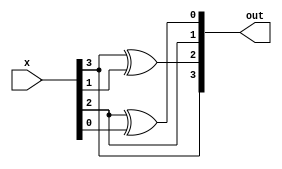

module GF2_4sqr(input [3:0]x , output [3:0]out);

assign out[3]=x[3];
assign out[2]=x[3]^x[1];
assign out[1]=x[2];
assign out[0]=x[2]^x[0];
endmodule
//------------------------------------------------------------------------------------------------------------

module GF2_4sqr_v(input[3:0]x , output [3:0] out);

wire [6:0]c;
assign c[0]=((x[2]^x[0])&1'b1);
assign c[1]=((x[2]^x[0])&1'b0^(x[2])&1'b1);
assign c[2]=((x[2]^x[0])&1'b1^(x[2])&1'b0^(x[3]^x[1])&1'b1);
assign c[3]=((x[2]^x[0])&1'b1^(x[2])&1'b1^(x[3]^x[1])&1'b0^(x[3])&1'b1);
assign c[4]=((x[3])&1'b0^(x[3]^x[1])&1'b1^(x[2])&1'b1);
assign c[5]=((x[3])&1'b1^(x[3]^x[1])&1'b1);
assign c[6]=((x[3])&1'b1);
assign out[3]= (c[6]^c[3]) ;
assign out[2]= ( c[6] ^ c[5] ^  c[2] );
assign out[1]= (c[5] ^ c[4] ^c[1] );
assign out[0]= ( (c[4]) ^c[0]);
endmodule
//-----------------------------------------------------------------------------------------------

//-----------------------------------------------------------------------------------------------

module GF2_4mult_t(input[3:0]x , input[3:0]y,output [3:0] out);

wire [6:0]c;
wire [6:0]d;
wire [6:0]out1;
assign c[0]=(x[0]&y[0]);
assign c[1]=(x[0]&y[1] ^ x[1]&y[0]);
assign c[2]=(x[0]&y[2] ^ x[1]&y[1] ^ x[2]&y[0]);
assign c[3]=(x[0]&y[3] ^ x[1]&y[2] ^ x[2]&y[1]  ^ x[3]&y[0]);
assign c[4]=(x[3]&y[1] ^ x[2]&y[2] ^ x[1]&y[3]);
assign c[5]=(x[3]&y[2] ^ x[2]&y[3]);
assign c[6]=(x[3]&y[3]);
assign out1[3]= (c[6]^c[3]) ;
assign out1[2]= (c[6] ^ c[5] ^  c[2] );
assign out1[1]= (c[5] ^ c[4] ^c[1] );
assign out1[0]= ((c[4]) ^c[0]);
assign d[0]=(out1[0]&1'b1);
assign d[1]=(out1[0]&1'b0^out1[1]&1'b1);
assign d[2]=(out1[0]&1'b0^out1[1]&1'b0^ out1[2]&1'b1);
assign d[3]=(out1[0]&1'b0^out1[1]&1'b0^ out1[2]&1'b0^out1[3]&1'b1);
assign d[4]=(out1[3]&1'b0^out1[2]&1'b0^ out1[1]&1'b0);
assign d[5]=(out1[3]&1'b0^out1[2]&1'b0);
assign d[6]=(out1[3]&1'b0);
assign out[3]= (d[6]^d[3]) ;
assign out[2]= (d[6] ^ d[5] ^ d[2] );
assign out[1]= (d[5] ^ d[4] ^d[1] );
assign out[0]= ((d[4]) ^d[0]);
endmodule
//------------------------------------------------------------------------------------------------------------

//------------------------------------------------------------------------------------------------------------

module GF2_4mult( input [3:0]x,input [3:0]y, output [3:0]out);

wire [6:0]c;
assign c[0]=(x[0]&y[0]);
assign c[1]=(x[0]&y[1] ^ x[1]&y[0]);
assign c[2]=(x[0]&y[2] ^ x[1]&y[1] ^ x[2]&y[0]);
assign c[3]=(x[0]&y[3] ^ x[1]&y[2] ^ x[2]&y[1]  ^ x[3]&y[0]);
assign c[4]=(x[3]&y[1] ^ x[2]&y[2] ^ x[1]&y[3]);
assign c[5]=(x[3]&y[2] ^ x[2]&y[3]);
assign c[6]=(x[3]&y[3]);
assign out[3]= (c[6]^c[3]) ;
assign out[2]= ( c[6] ^ c[5] ^  c[2] );
assign out[1]= (c[5] ^ c[4] ^c[1] );
assign out[0]= ( (c[4]) ^c[0]);
endmodule
//-----------------------------------------------------------------------------------------------

//-----------------------------------------------------------------------------------------------
(*dont_touch="true"*)
module GF2_4mult_t_thres(input [3:0]x, input[3:0]y, output [3:0]out, input [23:0]r3);

wire [3:0]x1;
wire [3:0]x2;
wire [3:0]x3;
wire [3:0]x4;
wire [3:0]y1;
wire [3:0]y2;
wire [3:0]y3;
wire [3:0]y4;
wire [3:0]f1;
wire [3:0]f2;
wire [3:0]f3;
wire [3:0]f1_t;
wire [3:0]f2_t;
wire [3:0]f3_t;
wire [3:0]temp1;
wire [3:0]temp2;
wire [3:0]temp3;
wire [3:0]temp4;
wire [3:0]temp5;
wire [3:0]temp6;
wire [3:0]temp7;
wire [3:0]temp8;

assign x1 = r3[3:0];
assign x2 = r3[7:4];
assign x3 = r3[11:8];
assign y1 = r3[15:12];
assign y2 = r3[19:16];
assign y3 = r3[23:20];

assign x4 = x^x1^x2^x3;
assign y4 = y^y1^y2^y3;

assign temp1 = (x2^x3^x4);
assign temp2 = (y2^y3);
GF2_4mult_t mult1(
 .x(temp1),
 .y(temp2),
 .out(f1_t)
);
assign f1 = f1_t^y4;

assign temp3 = x1^x3;
assign temp4 = y1^y4;
GF2_4mult_t mult2(
 .x(temp3),
 .y(temp4),
 .out(f2_t)
);

GF2_4mult_t mult3(
 .x(x1),
 .y(y3),
 .out(temp5)
);
assign f2 = f2_t^temp5^x4;

assign temp6 = x2^x4;
assign temp7 = y1^y4;
GF2_4mult_t mult4(
 .x(temp6),
 .y(temp7),
 .out(f3_t)
);
GF2_4mult_t mult5(
 .x(x1),
 .y(y2),
 .out(temp8)
);
assign f3 = f3_t^temp8^x4^y4;

assign out = f1^f2^f3;

endmodule

//-----------------------------------------------------------------------------------------------

//-----------------------------------------------------------------------------------------------

(*dont_touch="true"*)
module GF2_4mult_thres(input [3:0]x, input[3:0]y, output [3:0]out, input [23:0]r2);

wire [3:0]x1;
wire [3:0]x2;
wire [3:0]x3;
wire [3:0]x4;
wire [3:0]y1;
wire [3:0]y2;
wire [3:0]y3;
wire [3:0]y4;
wire [3:0]f1;
wire [3:0]f2;
wire [3:0]f3;
wire [3:0]f1_t;
wire [3:0]f2_t;
wire [3:0]f3_t;
wire [3:0]temp1;
wire [3:0]temp2;
wire [3:0]temp3;
wire [3:0]temp4;
wire [3:0]temp5;
wire [3:0]temp6;
wire [3:0]temp7;
wire [3:0]temp8;


assign x1 = r2[3:0];
assign x2 = r2[7:4];
assign x3 = r2[11:8];
assign y1 = r2[15:12];
assign y2 = r2[19:16];
assign y3 = r2[23:20];

assign x4 = x^x1^x2^x3;
assign y4 = y^y1^y2^y3;

assign temp1 = (x2^x3^x4);
assign temp2 = (y2^y3);
GF2_4mult mult1(
 .x(temp1),
 .y(temp2),
 .out(f1_t)
);
assign f1 = f1_t^y4;

assign temp3 = x1^x3;
assign temp4 = y1^y4;
GF2_4mult mult2(
 .x(temp3),
 .y(temp4),
 .out(f2_t)
);

GF2_4mult mult3(
 .x(x1),
 .y(y3),
 .out(temp5)
);
assign f2 = f2_t^temp5^x4;

assign temp6 = x2^x4;
assign temp7 = y1^y4;
GF2_4mult mult4(
 .x(temp6),
 .y(temp7),
 .out(f3_t)
);
GF2_4mult mult5(
 .x(x1),
 .y(y2),
 .out(temp8)
);
assign f3 = f3_t^temp8^x4^y4;

assign out = f1^f2^f3;

endmodule

//-----------------------------------------------------------------------------------------------

//-----------------------------------------------------------------------------------------------

module i_cob(input [3:0]in, output [3:0]out);

assign out[3] = in[3];
assign out[2] = in[3]^in[2]^in[1];
assign out[1] = in[3]^in[2];
assign out[0] = in[0];

endmodule

//-----------------------------------------------------------------------------------------------

module i_cob_inv(input [3:0]in, output [3:0]out);

assign out[3] = in[3];
assign out[2] = in[3]^in[1];
assign out[1] = in[2]^in[1];
assign out[0] = in[0];

endmodule

//-----------------------------------------------------------------------------------------------

(*dont_touch="true"*)
module invGF2_4_thres(input [3:0]in, output [3:0]out,input [15:0]r1);

wire x, y, z, v;
wire nx, ny, nz, nv;
wire [3:0] new_in;
wire [3:0] old_out;

wire x5;
wire y5;
wire z5;
wire v5;

wire f, g, h, k;
wire f1;
wire f2;
wire f3;
wire f4;
wire f5;

wire g1;
wire g2;
wire g3;
wire g4;
wire g5;

wire h1;
wire h2;
wire h3;
wire h4;
wire h5;

wire k1;
wire k2;
wire k3;
wire k4;
wire k5;

wire t1;
wire t2;
wire t3;
wire t4;

wire u1;
wire u2;
wire u3;
wire u4;

i_cob i_cob1(
 .in(in),
 .out(new_in)
);
assign x = new_in[3];
assign y = new_in[2];
assign z = new_in[1];
assign v = new_in[0];
assign nx = ~x;
assign ny = ~y;
assign nz = ~z;
assign nv = ~v;
//assign x = in[3];
//assign y = in[2];
//assign z = in[1];
//assign v = in[0];

assign x5 = x^r1[0]^r1[1]^r1[2]^r1[3];
assign y5 = y^r1[4]^r1[5]^r1[6]^r1[7];
assign z5 = z^r1[8]^r1[9]^r1[10]^r1[11];
assign v5 = v^r1[12]^r1[13]^r1[14]^r1[15];

assign t1 = r1[1]^r1[2]^r1[3]^x5;
assign t2 = r1[5]^r1[6]^r1[7]^y5;
assign t3 = r1[9]^r1[10]^r1[11]^z5;
assign t4 = r1[13]^r1[14]^r1[15]^v5;

assign u1 = r1[2]^r1[3]^x5;
assign u2 = r1[6]^r1[7]^y5;
assign u3 = r1[10]^r1[11]^z5;
assign u4 = r1[14]^r1[15]^v5;

assign f1 = r1[1] ^ r1[5] ^ t1*t4
^ t1*t2*t3;
assign f2 = r1[2] ^ r1[6] ^ r1[0]*u4 ^ r1[12]*u1 ^ r1[0]*r1[12]
^ r1[0]*u2*u3 ^ r1[4]*u1*u3
^ r1[8]*u1*u2 ^ r1[0]*r1[4]*u3 ^ r1[0]*r1[8]*u2
^ r1[4]*r1[8]*u1 ^ r1[0]*r1[4]*r1[8];
assign f3 = r1[3] ^ r1[7] ^ r1[1]*r1[12] ^ r1[0]*r1[13] ^ r1[0]*r1[4]*r1[9] ^ r1[0]*r1[5]*r1[8] ^ r1[1]*r1[4]*r1[8] ^ r1[0]*r1[5]*r1[9] ^ r1[1]*r1[4]*r1[9] ^ r1[1]*r1[5]*r1[8]
^ r1[0]*r1[5]*r1[11] ^ r1[1]*r1[4]*r1[11] ^ r1[0]*r1[7]*r1[9] ^ r1[1]*r1[7]*r1[8] ^ r1[3]*r1[4]*r1[9] ^ r1[3]*r1[5]*r1[8] ^ r1[0]*r1[5]*z5 ^ r1[1]*r1[4]*z5
^ r1[0]*y5*r1[9] ^ r1[1]*y5*r1[8] ^ x5*r1[4]*r1[9] ^ x5*r1[5]*r1[8];
assign f4 = x5 ^ y5 ^ r1[0]*r1[5]*r1[10] ^ r1[0]*r1[6]*r1[9] ^ r1[1]*r1[4]*r1[10] ^ r1[1]*r1[6]*r1[8] ^ r1[2]*r1[4]*r1[9] ^ r1[2]*r1[5]*r1[8];
assign f5 = r1[0] ^ r1[4];

assign g1 = t1*t2*t3
^ t1*t2*t4
^ t1*t4
^ t2*t3 ^ r1[5];
assign g2 = r1[0]*u2*u3 ^ r1[4]*u1*u3
^ r1[8]*u1*u2 ^ r1[0]*r1[4]*u3 ^ r1[0]*r1[8]*u2
^ r1[4]*r1[8]*u1 ^ r1[0]*r1[4]*r1[8] ^ r1[0]*u2*u4
^ r1[4]*u1*u4 ^ r1[12]*u1*u2
^ r1[0]*r1[4]*u4 ^ r1[0]*r1[12]*u2 ^ r1[4]*r1[12]*u1 ^ r1[0]*r1[4]*r1[12]
^ r1[0]*u4 ^ r1[12]*u1 ^ r1[0]*r1[12] ^ r1[4]*u3
^ r1[8]*u2 ^ r1[4]*r1[8] ^ r1[6];
assign g3 = r1[0]*r1[4]*r1[9] ^ r1[0]*r1[5]*r1[8] ^ r1[1]*r1[4]*r1[8] ^ r1[0]*r1[5]*r1[9] ^ r1[1]*r1[4]*r1[9] ^ r1[1]*r1[5]*r1[8] ^ r1[0]*r1[5]*r1[11] ^ r1[1]*r1[4]*r1[11]
^ r1[0]*r1[7]*r1[9] ^ r1[1]*r1[7]*r1[8] ^ r1[3]*r1[4]*r1[9] ^ r1[3]*r1[5]*r1[8] ^ r1[0]*r1[5]*z5 ^ r1[1]*r1[4]*z5 ^ r1[0]*y5*r1[9] ^ r1[1]*y5*r1[8]
^ x5*r1[4]*r1[9] ^ x5*r1[5]*r1[8] ^ r1[0]*r1[4]*r1[13] ^ r1[0]*r1[5]*r1[12] ^ r1[1]*r1[4]*r1[12] ^ r1[0]*r1[5]*r1[13] ^ r1[1]*r1[4]*r1[13] ^ r1[1]*r1[5]*r1[12]
^ r1[0]*r1[5]*r1[15] ^ r1[1]*r1[4]*r1[15] ^ r1[0]*r1[7]*r1[13] ^ r1[1]*r1[7]*r1[12] ^ r1[3]*r1[4]*r1[13] ^ r1[3]*r1[5]*r1[12] ^ r1[0]*r1[5]*v5 ^ r1[1]*r1[4]*v5
^ r1[0]*y5*r1[13] ^ r1[1]*y5*r1[12] ^ x5*r1[4]*r1[13] ^ x5*r1[5]*r1[12] ^ r1[1]*r1[12] ^ r1[0]*r1[13] ^ r1[5]*r1[8] ^ r1[4]*r1[9] ^ r1[7];
assign g4 = r1[0]*r1[5]*r1[10] ^ r1[0]*r1[6]*r1[9] ^ r1[1]*r1[4]*r1[10] ^ r1[1]*r1[6]*r1[8] ^ r1[2]*r1[4]*r1[9] ^ r1[2]*r1[5]*r1[8] ^ r1[0]*r1[5]*r1[14] ^ r1[0]*r1[6]*r1[13]
^ r1[1]*r1[4]*r1[14] ^ r1[1]*r1[6]*r1[12] ^ r1[2]*r1[4]*r1[13] ^ r1[2]*r1[5]*r1[12] ^ y5;
assign g5 = r1[4];

assign h1 = t1*t4*t3 ^ r1[6] ^ r1[13]
^ t1*t4
^ t2*t4;
assign h2 = r1[0]*u4*u3 ^ r1[12]*u1*u3
^ r1[8]*u1*u4 ^ r1[0]*r1[12]*u3 ^ r1[0]*r1[8]*u4
^ r1[12]*r1[8]*u1 ^ r1[0]*r1[12]*r1[8] ^ r1[0]*u4 ^ r1[12]*u1 ^ r1[0]*r1[12]
^ r1[4]*u4 ^ r1[12]*u2 ^ r1[4]*r1[12] ^ r1[7] ^ r1[12] ^ v5;
assign h3 = r1[0]*r1[12]*r1[9] ^ r1[0]*r1[13]*r1[8] ^ r1[1]*r1[12]*r1[8] ^ r1[0]*r1[13]*r1[9] ^ r1[1]*r1[12]*r1[9] ^ r1[1]*r1[13]*r1[8] ^ r1[0]*r1[13]*r1[11] ^ r1[1]*r1[12]*r1[11]
^ r1[0]*r1[15]*r1[9] ^ r1[1]*r1[15]*r1[8] ^ r1[3]*r1[12]*r1[9] ^ r1[3]*r1[13]*r1[8] ^ r1[0]*r1[13]*z5 ^ r1[1]*r1[12]*z5 ^ r1[0]*v5*r1[9] ^ r1[1]*v5*r1[8]
^ x5*r1[12]*r1[9] ^ x5*r1[13]*r1[8] ^ r1[1]*r1[12] ^ r1[0]*r1[13] ^ r1[5]*r1[12] ^ r1[4]*r1[13] ^ y5 ^ r1[12] ^ r1[13] ^ v5;
assign h4 = r1[0]*r1[13]*r1[10] ^ r1[0]*r1[14]*r1[9] ^ r1[1]*r1[12]*r1[10] ^ r1[1]*r1[14]*r1[8] ^ r1[2]*r1[12]*r1[9] ^ r1[2]*r1[13]*r1[8] ^ r1[4] ^ r1[12];
assign h5 = r1[5] ^ r1[12];

assign k1 = t1*t4*t3
^ t4*t2*t3
^ t1*t3
^ t2*t3
^ t2*t4 ^ r1[9] ^ r1[13];
assign k2 = r1[0]*u4*u3 ^ r1[12]*u1*u3
^ r1[8]*u1*u4 ^ r1[0]*r1[12]*u3 ^ r1[0]*r1[8]*u4
^ r1[12]*r1[8]*u1 ^ r1[0]*r1[12]*r1[8] ^ r1[12]*u2*u3
^ r1[4]*u4*u3 ^ r1[8]*u4*u2
^ r1[12]*r1[4]*u3 ^ r1[12]*r1[8]*u2 ^ r1[4]*r1[8]*u4 ^ r1[12]*r1[4]*r1[8]
^ r1[0]*u3 ^ r1[8]*u1 ^ r1[0]*r1[8] ^ r1[4]*u3
^ r1[8]*u2 ^ r1[4]*r1[8] ^ r1[4]*u4 ^ r1[12]*u2 ^ r1[4]*r1[12]
^ r1[10] ^ r1[14];
assign k3 = r1[0]*r1[12]*r1[9] ^ r1[0]*r1[13]*r1[8] ^ r1[1]*r1[12]*r1[8] ^ r1[0]*r1[13]*r1[9] ^ r1[1]*r1[12]*r1[9] ^ r1[1]*r1[13]*r1[8] ^ r1[0]*r1[13]*r1[11] ^ r1[1]*r1[12]*r1[11]
^ r1[0]*r1[15]*r1[9] ^ r1[1]*r1[15]*r1[8] ^ r1[3]*r1[12]*r1[9] ^ r1[3]*r1[13]*r1[8] ^ r1[0]*r1[13]*z5 ^ r1[1]*r1[12]*z5 ^ r1[0]*v5*r1[9] ^ r1[1]*v5*r1[8]
^ x5*r1[12]*r1[9] ^ x5*r1[13]*r1[8] ^ r1[12]*r1[4]*r1[9] ^ r1[12]*r1[5]*r1[8] ^ r1[13]*r1[4]*r1[8] ^ r1[12]*r1[5]*r1[9] ^ r1[13]*r1[4]*r1[9] ^ r1[13]*r1[5]*r1[8]
^ r1[12]*r1[5]*r1[11] ^ r1[13]*r1[4]*r1[11] ^ r1[12]*r1[7]*r1[9] ^ r1[13]*r1[7]*r1[8] ^ r1[15]*r1[4]*r1[9] ^ r1[15]*r1[5]*r1[8] ^ r1[12]*r1[5]*z5 ^ r1[13]*r1[4]*z5
^ r1[12]*y5*r1[9] ^ r1[13]*y5*r1[8] ^ v5*r1[4]*r1[9] ^ v5*r1[5]*r1[8] ^ r1[1]*r1[8] ^ r1[0]*r1[9] ^ r1[5]*r1[8] ^ r1[4]*r1[9] ^ r1[5]*r1[12]
^ r1[4]*r1[13] ^ r1[11] ^ r1[15];
assign k4 = r1[0]*r1[13]*r1[10] ^ r1[0]*r1[14]*r1[9] ^ r1[1]*r1[12]*r1[10] ^ r1[1]*r1[14]*r1[8] ^ r1[2]*r1[12]*r1[9] ^ r1[2]*r1[13]*r1[8] ^ r1[12]*r1[5]*r1[10] ^ r1[12]*r1[6]*r1[9]
^ r1[13]*r1[4]*r1[10] ^ r1[13]*r1[6]*r1[8] ^ r1[14]*r1[4]*r1[9] ^ r1[14]*r1[5]*r1[8] ^ z5 ^ v5;
assign k5 = r1[8] ^ r1[12];


assign f = f1 ^ f2 ^ f3 ^ f4 ^ f5;
assign g = g1 ^ g2 ^ g3 ^ g4 ^ g5;
assign h = h1 ^ h2 ^ h3 ^ h4 ^ h5 ^ z ^ (x*y*z*v) ^(x*ny*z*nv)  ^ (x*ny*nz*nv) ^ (x*y*nz*nv);
assign k = k1 ^ k2 ^ k3 ^ k4 ^ k5 ^ (nx*y*nz*nv)^ (nx*y*z*nv)^ (x*y*z*v) ^ (x*ny*z*v)  ^ (x*y*nz*nv) ^(x*ny*nz*v);


assign old_out[3] = f;
assign old_out[2] = g;
assign old_out[1] = h;
assign old_out[0] = k;

i_cob_inv i_cob_inv1(
.in(old_out),
.out(out)
);

endmodule

//-----------------------------------------------------------------------------------------------

module icob(input [7:0]in,output [7:0]out
);
assign out[0]= in[0] ^ in[1] ^ in[4];
assign out[1]= in[4] ^ in[5] ^ in[6];
assign out[2]= in[2] ^ in[3] ^ in[4] ^ in[6] ^ in[7];
assign out[3]= in[2] ^ in[3] ^ in[4] ^ in[5] ^ in[6];
assign out[4]= in[2] ^ in[4];
assign out[5]= in[1] ^ in[6];
assign out[6]= in[1] ^ in[2] ^ in[5] ^ in[6];
assign out[7]= in[1] ^ in[6] ^ in[7];
endmodule

//-----------------------------------------------------------------------------------------------------------------
module cob(input [7:0]in,output [7:0]out
);
assign out[0]=0^in[3];
assign out[1]=0^in[1]^in[3]^in[5];
assign out[2]=1^in[2]^in[3]^in[6]^in[7];
assign out[3]=1^in[5]^in[7];
assign out[4]=1^in[1]^in[2]^in[7];
assign out[5]=1^in[0]^in[4]^in[5]^in[6];
assign out[6]=0^in[1]^in[2]^in[3]^in[4]^in[5]^in[7];
assign out[7]=0^in[1]^in[2]^in[6]^in[7];
endmodule

//-----------------------------------------------------------------------------------------------------------------
module invGF2_4_2( input [7:0]a,output [7:0]c,input [15:0]r1, input [23:0]r2,input [23:0] r3);

wire [3:0]ah;
wire [3:0]al;//ah and al are top and bottom slices of a
wire [3:0]t;
assign t =4'b1;
wire [3:0]b; // b is output inv in GF(2^4)
wire [3:0]d0;
wire [3:0]d1;
wire [3:0]out1;
wire [3:0]out3;
wire [3:0]out4;
wire [3:0]out6;
assign al[0]=a[0];
assign al[1]=a[1];
assign al[2]=a[2];
assign al[3]=a[3];
assign ah[0]=a[4];
assign ah[1]=a[5];
assign ah[2]=a[6];
assign ah[3]=a[7];
 GF2_4sqr_v sqr1(
 .x(ah),
 .out(out1)
);
GF2_4mult_t_thres mult2(
 .x(ah),
 .y(al),
 .out(out3),
 .r3(r3)
);
GF2_4sqr sqr2(
 .x(al),
 .out(out4)
);
invGF2_4_thres inv240(
 .in((out1^out3^out4)),
 .out(b),
 .r1(r1)
 );
GF2_4mult_thres mult4(
 .x(ah),
 .y(b),
 .out(d1),
 .r2(r2)
);
GF2_4mult_thres mult5(
 .x(ah),
 .y(t),
 .out(out6),
 .r2(r2)
);
GF2_4mult_thres mult6(
 .x(out6^al),
 .y(b),
 .out(d0),
 .r2(r2)
);
assign c[0]=d0[0];
assign c[1]=d0[1];
assign c[2]=d0[2];
assign c[3]=d0[3];
assign c[4]=d1[0];
assign c[5]=d1[1];
assign c[6]=d1[2];
assign c[7]=d1[3];
endmodule
//-----------------------------------------------------------------------------------------------------------------
/*module tb;
	wire [7:0] out;
	inv_sbox s1(8'hc5, 16'h4, 24'h2, 24'h1, out);

	always begin
		#5 $display("%h output", out);
		$finish;
	end
endmodule*/


module inv_sbox(input [7:0]in, input [15:0]r1, input [23:0]r2, input [23:0]r3, output [7:0]out
);
wire [7:0]temp1;
wire [7:0]temp2;
cob cob1(
.in(in),
.out(temp1)
);
invGF2_4_2 invGF2420(
.a(temp1),
.c(temp2),
.r1(r1),
.r2(r2),
.r3(r3)
);
icob icob1(
.in(temp2),
.out(out)
);
endmodule
//--------------------------------------------------------------------------------------------------------------------
//*------------------------------------------------------  TESTBENCH  -------------------------------------
/*
module testsbox();
reg [7:0]in;
wire [7:0]out;
reg clock;
integer i;
initial begin
clock = 0;
forever begin
#2 clock= ~clock;
end
end
inv_sbox inv_sboxtb(
.in(in),
.out(out)
);
initial
begin
for (i = 0; i < 256; i = i + 1) begin
#2
in=i;
$strobe(in,,out);
$display($time," \t For input %x output %x (%d) \n",in-1,out,out);
end
$display($time," \t For input %x output %x (%d) \n",in-1,out,out);
$finish;
end
endmodule
*/